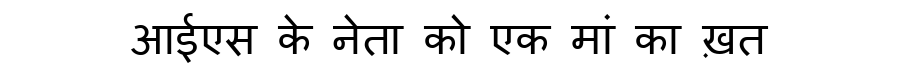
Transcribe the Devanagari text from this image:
आईएस के नेता को एक मां का ख़त